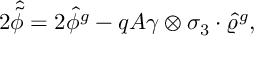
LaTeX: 2 \widehat { \tilde { \phi } } = 2 \widehat { \phi } { } ^ { g } - q { \cal A } \gamma \otimes \sigma _ { 3 } \cdot \widehat { \varrho } { } ^ { g } ,